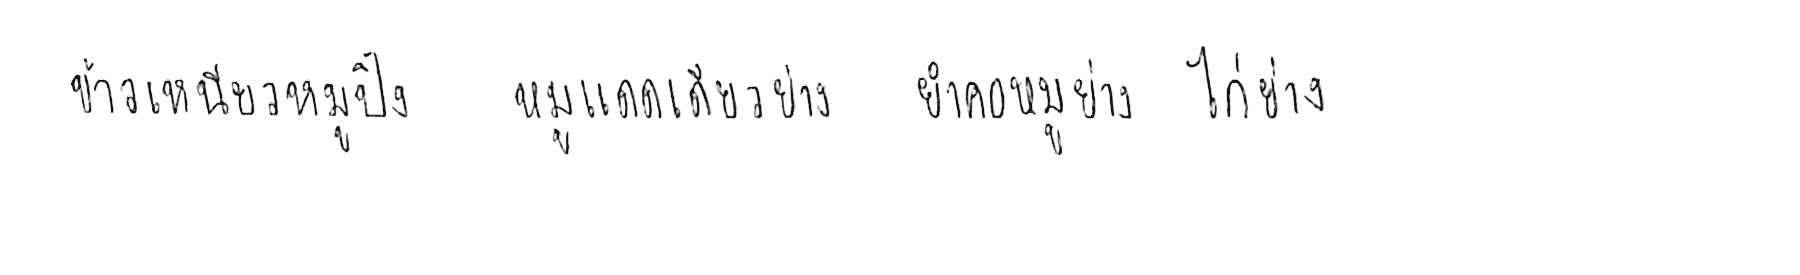
ข้าวเหนียวหมูปิ้ง หมูแดดเดียวย่าง ยำคอหมูย่าง ไก่ย่าง